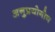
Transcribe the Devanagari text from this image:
अनुप्रयोगोन